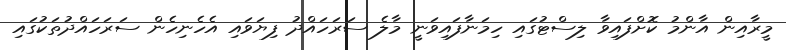
މީރާއިން އާންމު ކޮށްފައިވާ ލިސްޓުގައި ހިމަނާފައިވަނީ މާލެ ސަރަހައްދު ފިޔަވައި އެހެނިހެން ސަރަހައްދުތަކުގައި